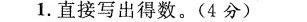
1.直接写出得数。（4分）